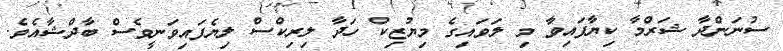
ސުނަންދާ ޝަރްމާ ކިޔާފައިވާ މި ލަވައިގެ މިޔުޒިކް ހަދާ ލިރިކްސް ލިޔެފައިވަނީވެސް ބާދްޝާއެވެ.